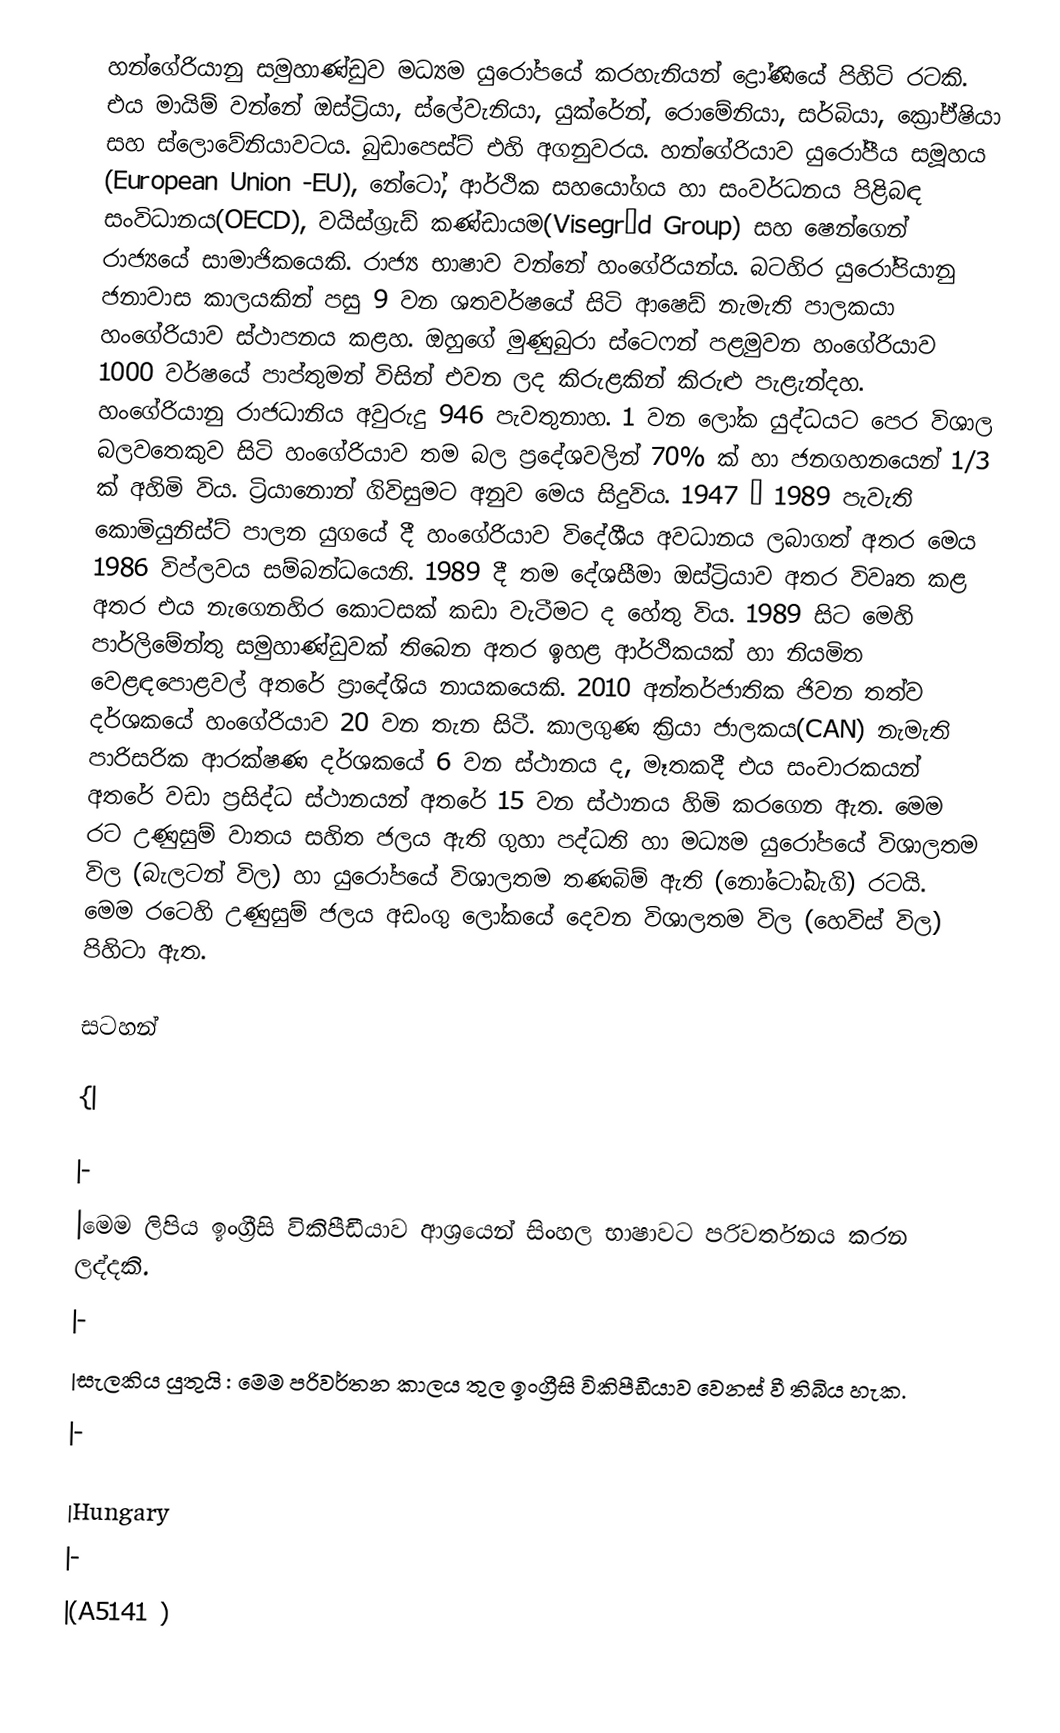
හන්ගේරියානු සමුහාණ්ඩුව මධ්‍යම යු‍රෝපයේ කරහැනියන් ද්‍රෝණියේ පිහිටි රටකි. එය මායිම් වන්නේ ඔස්ට්‍රියා, ස්ලේවැනියා, යුක්රේන්, රොමේනියා, සර්බියා, ක්‍රෝඒෂියා සහ ස්ලොවේනියාවටය. බුඩාපෙස්ට් එහි අගනුවරය. හන්ගේරියාව යුරෝපීය සමූහය (European Union -EU), නේටෝ, ආර්ථික සහයෝගය හා සංවර්ධනය පිළිබඳ සංවිධානය(OECD), වයිස්ග්‍රැඩ් කණ්ඩායම(Visegrád Group) සහ ෂෙන්ගෙන් රාජ්‍යයේ සාමාජිකයෙකි. රාජ්‍ය භාෂාව වන්නේ හංගේරියන්ය. බටහිර යුරෝපියානු ජනාවාස කාලයකින් පසු 9 වන ශතවර්ෂයේ සිටි ආෂෙඩ් නැමැති පාලකයා හංගේරියාව ස්ථාපනය කළහ. ඔහුගේ මුණුබුරා ස්ටෙෆන් පළමුවන හංගේරියාව 1000 වර්ෂයේ පාප්තුමන් විසින් එවන ලද කිරුළකින් කිරුළු පැළැන්දහ. හංගේරියානු රාජධානිය අවුරුදු 946 පැවතුනාහ. 1 වන ලෝක යුද්ධයට පෙර විශාල බලවතෙකුව සිටි හංගේරියාව තම බල ප්‍රදේශවලින් 70% ක් හා ජනගහනයෙන් 1/3 ක් අහිමි විය. ට්‍රියානොන් ගිවිසුමට අනුව මෙය සිදුවිය. 1947 – 1989 පැවැති කොමියුනිස්ට් පාලන යුගයේ දී හංගේරියාව විදේශීය අවධානය ‍ලබාගත් අතර මෙය 1986 විප්ලවය සම්බන්ධයෙනි. 1989 දී තම දේශසීමා ඔස්ට්‍රියාව අතර විවෘත කළ අතර එය නැගෙනහිර කොටසක් කඩා වැටීමට ද හේතු විය. 1989 සිට මෙහි පාර්ලිමේන්තු සමුහාණ්ඩුවක් තිබෙන අතර ඉහළ ආර්ථිකයක් හා නියමිත වෙළඳපොළවල් අතරේ ප්‍රාදේශිය නාය‍කයෙකි. 2010 අන්තර්ජාතික ජිවන තත්ව දර්ශකයේ හංගේරියාව 20 වන තැන සිටී. කාලගුණ ක්‍රියා ජාලකය(CAN) නැමැති පාරිසරික ආරක්ෂණ දර්ශකයේ 6 වන ස්ථානය ද, මෑතකදී එය සංචාරකයන් අතරේ වඩා ප්‍රසිද්ධ ස්ථානයන් අතරේ 15 වන ස්ථානය හිමි කරගෙන ඇත. මෙම රට උණුසුම් වාතය සහිත ජලය ඇති ගුහා පද්ධති හා මධ්‍යම යුරෝපයේ විශාලතම විල (බැලටන් විල) හා යුරෝපයේ විශාලතම තණබිම් ඇති (නෝටෝබැගි) රටයි. මෙම රටෙහි උණුසුම් ජලය අඩංගු ලෝකයේ දෙවන විශාලතම විල (හෙවිස් විල) පිහිටා ඇත.

සටහන්

{|

|-
|මෙම ලිපිය ඉංග්‍රීසි විකිපීඩීයාව ආශ්‍රයෙන් සිංහල භාෂාවට පරිවර්තනය කරන ලද්දකි.
|-
|සැලකිය යුතුයි : මෙම පරිවර්තන කාලය තුල ඉංග්‍රීසි විකිපීඩීයාව වෙනස් වී තිබිය හැක.
|-

|Hungary
|-
|(A5141 )